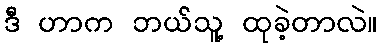
ဒီ ဟာက ဘယ်သူ့ ထုခဲ့တာလဲ။